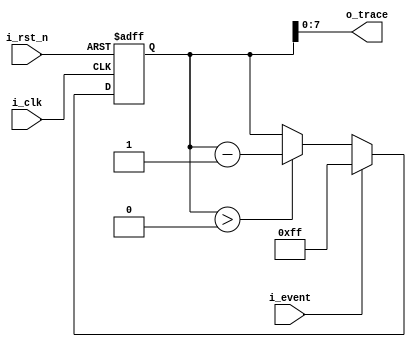
module tracer
#(parameter p_width = 8)
(
input                    i_event,
input                    i_rst_n,
input                    i_clk,
output  [p_width-1:0]    o_trace
);
//this version can get up to two spikes. 
parameter p_decay_width = p_width;
reg  [p_width:0]         r_counter;
always @(posedge i_clk or negedge i_rst_n) 
begin 
  if(!i_rst_n)	
    r_counter <= 0; 
  else
    begin
      if(i_event) 
        r_counter <= {(p_decay_width){1'b1}}; //+r_counter
      else 
	    if(r_counter > 0)
	      begin
            r_counter <= r_counter - 1;
	      end
	end	  
end
assign o_trace  = r_counter;
endmodule